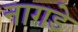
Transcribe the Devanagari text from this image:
नागडे